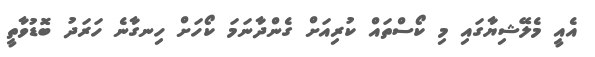
އެއީ މެލޭޝިޔާގައި މި ކޯސްތައް ކުރިއަށް ގެންދާނަމަ ކޯހަށް ހިނގާނެ ހަރަދު ބޮޑުވާތީ